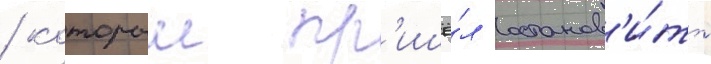
/ которыи пр'ишё́л останов'и́ть